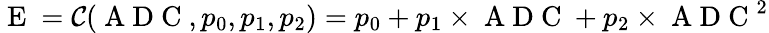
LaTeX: \mathrm{~E~}=\mathcal{C}(\mathrm{~A~D~C~},p_{0},p_{1},p_{2})=p_{0}+p_{1}\times\mathrm{~A~D~C~}+p_{2}\times\mathrm{~A~D~C~}^{2}